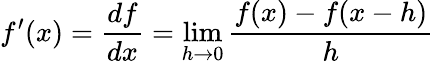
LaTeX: f^{\prime}(x)={\frac{df}{dx}}=\operatorname*{lim}_{h\rightarrow 0}{\frac{f(x)-f(x-h)}{h}}